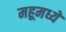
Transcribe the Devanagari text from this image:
महूमध्ये